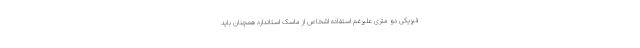
فیزیکی دو متری علیرغم استفاده اشخاص از ماسک استاندارد همچنان باید